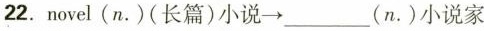
22.novel(n.)(长篇)小说→ ___ (n.)小说家